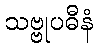
သဗ္ဗုပဓီနံ